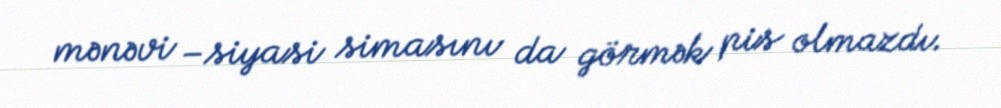
mənəvi –siyasi simasını da görmək pis olmazdı.